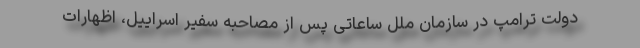
دولت ترامپ در سازمان ملل ساعاتی پس از مصاحبه سفیر اسراییل، اظهارات